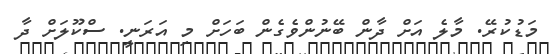
މަޑުކުރޭ. މާލެ އަށް ދާން ބޭނުންވެގެން ބަހަށް މި އަރަނީ. ސްކޫލަށް ދާ